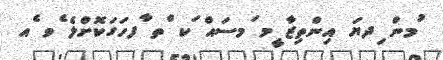
ުމން ިދޔަ އިންތިޒާ ީމ ަމސައް ަކ ްތ ާފހަގަކޮށްލެ ެވ ެއ